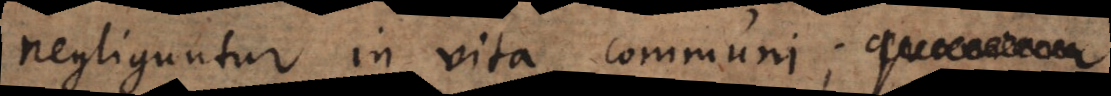
negliguntur in vita communi; qu